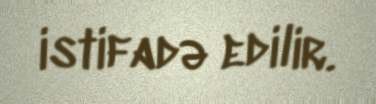
istifadə edilir.